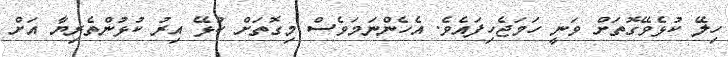
ހިލޭ ކުޅެވޭގޮތަށް ވަނީ ހަމަޖެހިފައެވެ. އެހެންނަމަވެސް މިގޮތަށް ކުޅޭ އިރު ކުޅުންތެރިޔާ އަށް